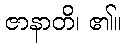
ဇာနာတိ၊ ၏။